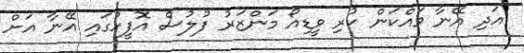
އަދި އޭނާ ވައްކަން ކުރި ވީޑިއޯ މަންޒަރު ފުލުސް އޮފީހުގައި އޭނާ އަށް